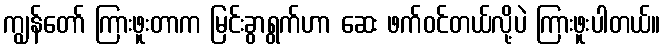
ကျွန်တော် ကြားဖူးတာက မြင်းခွာရွက်ဟာ ဆေး ဖက်ဝင်တယ်လို့ပဲ ကြားဖူးပါတယ်။